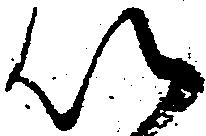
以